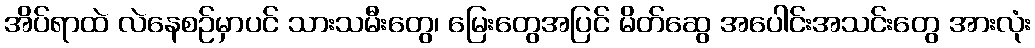
အိပ်ရာထဲ လဲနေစဉ်မှာပင် သားသမီးတွေ၊ မြေးတွေအပြင် မိတ်ဆွေ အပေါင်းအသင်းတွေ အားလုံး